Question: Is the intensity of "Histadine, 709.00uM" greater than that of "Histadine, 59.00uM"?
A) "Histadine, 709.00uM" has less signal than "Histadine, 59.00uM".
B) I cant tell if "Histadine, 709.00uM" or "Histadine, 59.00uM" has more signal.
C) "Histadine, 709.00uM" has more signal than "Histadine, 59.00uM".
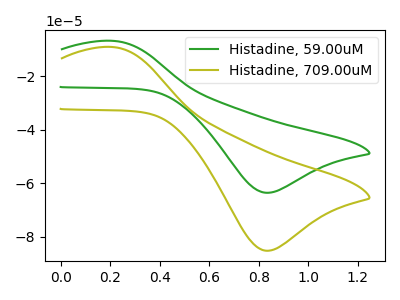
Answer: <think>The green curve "Histadine, 59.00uM" has an anodic peak at (0.20V, -6.80uA) and a cathodic peak at (0.85V, -63.55uA). The olive curve "Histadine, 709.00uM" has an anodic peak at (0.20V, -9.15uA) and a cathodic peak at (0.85V, -85.20uA).
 All the peaks in "Histadine, 709.00uM" have a peak in "Histadine, 59.00uM" at the same potential.</think>
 <answer>B) I cant tell if "Histadine, 709.00uM" or "Histadine, 59.00uM" has more signal.</answer>
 <eval>B</eval>